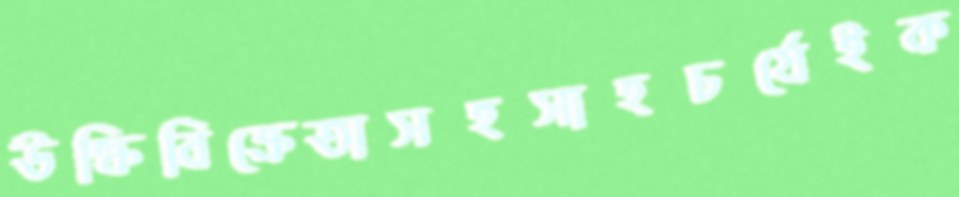
উল্কিবিক্রেতাসহসাহচর্যেইক